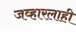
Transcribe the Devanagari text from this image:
जव्हारलाही